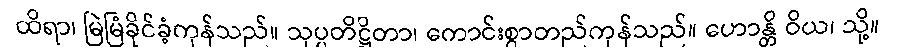
ထိရာ၊ မြဲမြံခိုင်ခံ့ကုန်သည်။ သုပ္ပတိဋ္ဌိတာ၊ ကောင်းစွာတည်ကုန်သည်။ ဟောန္တိ ဝိယ၊ သို့။